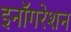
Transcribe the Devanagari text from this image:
इनॉगरेशन